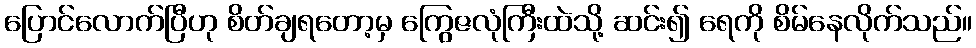
ပြောင်လောက်ပြီဟု စိတ်ချရတော့မှ ကြွေဇလုံကြီးထဲသို့ ဆင်း၍ ရေကို စိမ်နေလိုက်သည်။